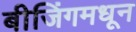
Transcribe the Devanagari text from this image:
बीजिंगमधून